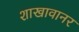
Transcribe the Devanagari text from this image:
शाखावानर